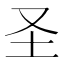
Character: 圣